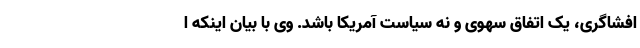
افشاگری، یک اتفاق سهوی و نه سیاست آمریکا باشد. وی با بیان اینکه ا